Lock hospitals Punjab
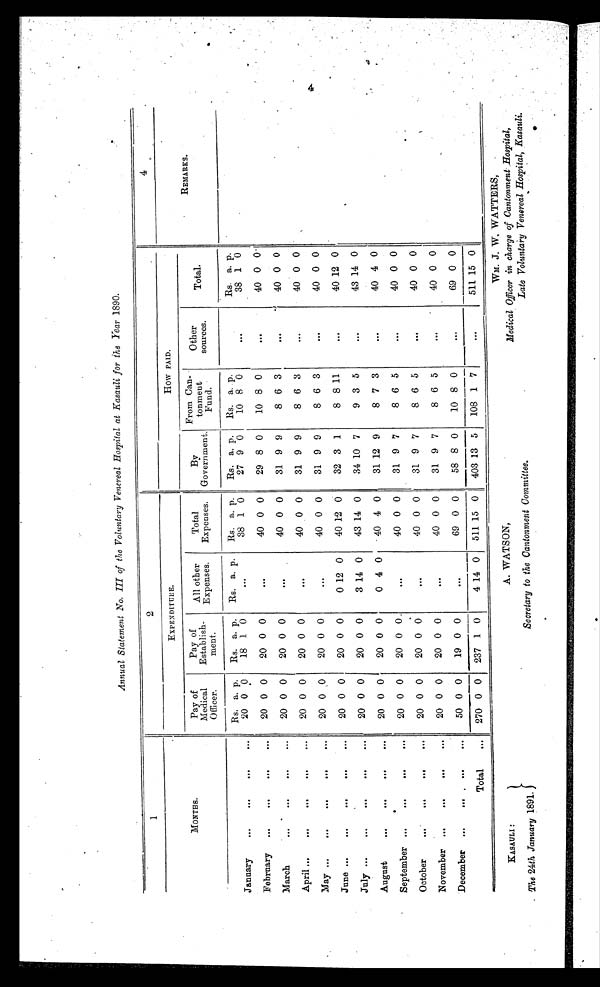
A. WATSON,
Secretary to the Cantonment Committee.
KASAULI :
The 24th January 1891.
Annual Statement No. III of the Voluntary Venereal Hospital at Kasauli for the Year 1890.
1
2
3
4
MONTHS.
EXPENDITURE.
HOW PAID.
REMARKS.
Pay of
Medical
Officer.
Pay of
Establish-
ment.
All other
Expenses.
Total
Expenses.
By
Government.
From Can-
tonment Fund.
Other
sources.
Total.
January
...
...
...
...
Rs. a. p.
Rs. a. p. Rs. a. p.
Rs. a. p.
Rs. a. p. Rs. a. p.
Rs. a. p.
27 9 0
10 8 0
. . . 38 1 0
20 0 0
0
18 1 0
. . .
38 1 0
February ...
...
. . .
...
20 0 0
20
0
0
...
40 0 0
29 8 0
10 8 0
. . . 40 0 0
March
...
...
...
...
20 0 0
20 0 0
...
40 0 0
31 9 9
8 6 3
. . . 40 0 0
April ...
...
. . .
...
...
20 0 0
20 0 0
...
40 0 0
31 9 9
8 6 3
. . . 40 0 0
May ...
...
...
. . .
...
20 0 0
20 0 0
...
40 0 0
31 9 9
8 6 3
. . . 40 0 0
June ...
...
...
...
...
20 0 0
20 0 0
0 12 0
40 12 0
32 3 1
8 8 11
. . . 40 12 0
July ...
...
...
. . .
...
20 0 0
20 0 0
3 14 0
43 14 0
34 10 7
9 3 5
. . . 43 14 0
August
...
...
...
...
20 0 0
20 0 0
0 4 0
40 4 0
31 12 9
8 7 3
. . . 40 4 0
September ...
...
...
...
20 0 0
20 0 0
...
40 0 0
31 9 7
8 6 5
. . . 40 0 0
October
...
...
. . .
...
20 0 0
20 0 0
...
40 0 0
31 9 7
8 6 5
. . . 40 0 0
November ...
...
. . .
. . .
20 0 0
20 0 0
...
40 0 0
31 9 7
8 6 5
...
40 0 0
December ...
...
. . .
...
50 0 0
19 0 0
...
69 0 0
58 8 0
10 8 0
. . . 69 0 0
Total
...
270 0 0 237 1 0
4 14 0 511 15 0
403 13 5
108 1 7
. . . 511. 15 0
WM. J. W, WATTERS,
Medical Officer in charge of Cantonment Hospital,
Late Voluntary Venereal Hospital, Easauli.